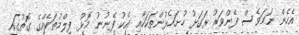
އެހެން ނަމަވެސް ފެންވަރު ރަގަޅު ހުށަހެޅުންތަކަކާއި އެކު ފެނުނު މޮޅު ފިލްމުތަކެއްގެ ގޮތުގައި